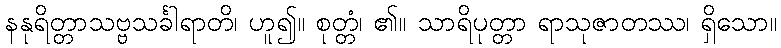
နနုရိတ္တာသဗ္ဗသင်္ခါရာတိ၊ ဟူ၍။ စုတ္တံ၊ ၏။ သာရိပုတ္တာ ရာသုဇာတဿ၊ ရှိသော။